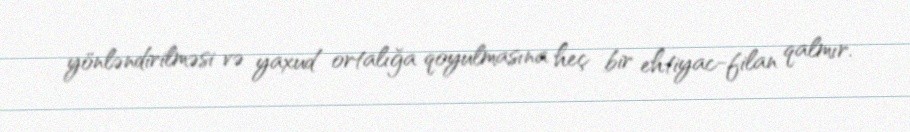
yönləndirilməsi və yaxud ortalığa qoyulmasına heç bir ehtiyac-filan qalmır.